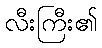
လီးကြီး၏